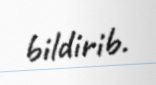
bildirib.